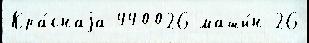
Кра́снаjа 440026 маши́н 26